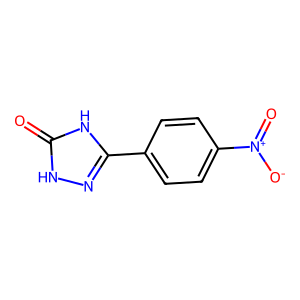
SMILES: O=c1[nH]nc(-c2ccc([N+](=O)[O-])cc2)[nH]1
Inhibits HIV replication: No